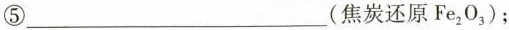
⑤___(焦炭还原Fe_{2}O_{3})；